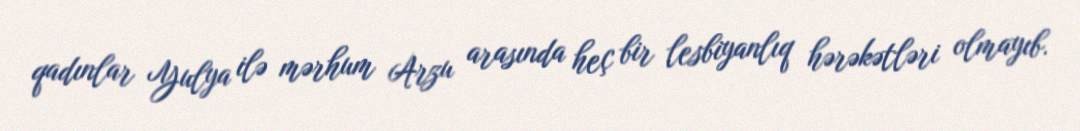
qadınlar Yulya ilə mərhum Arzu arasında heç bir lesbiyanlıq hərəkətləri olmayıb.